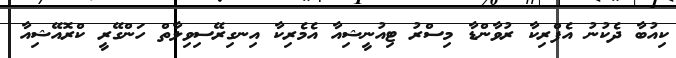
ކިއުބާ ދެކުނު އެފްރިކާ ރުވާންޑާ މިސްރު ޓިއުނީޝިއާ އެމެރިކާ އިނގިރޭސިވިލާތް ހަންގޭރީ ކްރޮއޭޝިއާ